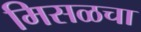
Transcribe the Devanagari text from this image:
मिसळचा